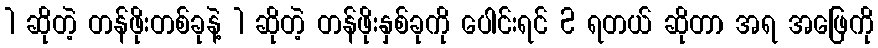
1 ဆိုတဲ့ တန်ဖိုးတစ်ခုနဲ့ 1 ဆိုတဲ့ တန်ဖိုးနှစ်ခုကို ပေါင်းရင် 2 ရတယ် ဆိုတာ အရ အဖြေကို